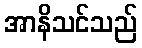
အာနိသင်သည်